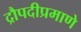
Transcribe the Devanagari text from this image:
द्रौपदीप्रमाणे